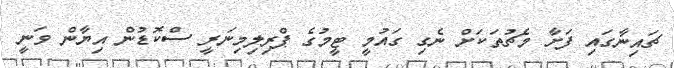
ޗައިނާގައި ފަށާ މެޗުތަކަށް ނެގި ގައުމީ ޓީމުގެ ޕްރިލިމިނަރީ ސްކޮޑުން އިޔާން ވަނީ